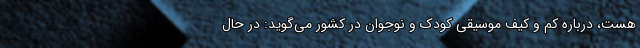
هست، درباره کم و کیف موسیقی کودک و نوجوان در کشور می‌گوید: در حال